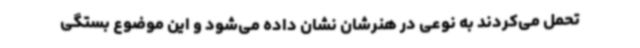
تحمل می‌کردند به نوعی در هنرشان نشان داده می‌شود و این موضوع بستگی